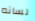
لسانه